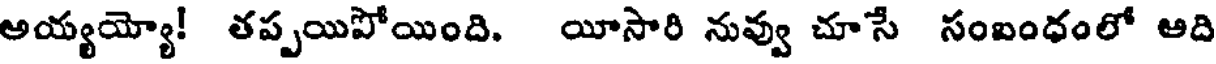
అయ్యయ్యో! తప్పయిపోయింది. యీసారి నువ్వు చూసే సంబంధంలో ఆది